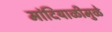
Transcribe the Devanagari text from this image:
मांदियाळीमुळे